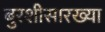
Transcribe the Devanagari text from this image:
बुरशीसारख्या